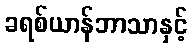
ခရစ်ယာန်ဘာသာနှင့်